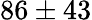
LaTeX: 86\pm 43